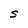
Character: S